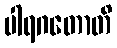
ပါရဂတောတိ